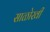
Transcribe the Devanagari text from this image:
साळोखी